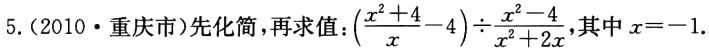
5. (2010·重庆市)先化简，再求值：\((\frac{x^{2}+4}{x}-4)\div\frac{x^{2}-4}{x^{2}+2x}\)，其中\(x = - 1\).